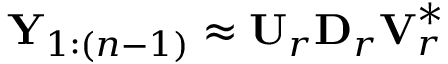
\mathbf { Y } _ { 1 : ( n - 1 ) } \approx \mathbf { U } _ { r } \mathbf { D } _ { r } \mathbf { V } _ { r } ^ { * }